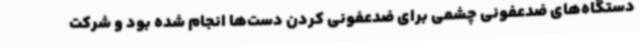
دستگاه‌های ضدعفونی چشمی برای ضدعفونی کردن دست‌ها انجام شده بود و شرکت